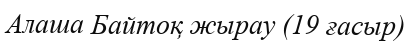
Алаша Байтоқ жырау (19 ғасыр)